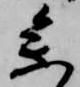
参